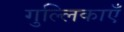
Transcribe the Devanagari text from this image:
गुल्लिकाएँ